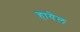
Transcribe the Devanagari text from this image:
हायेल